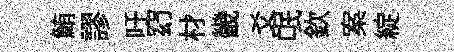
鮪謬吁𥥆材畿爻氓欽案綻